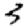
Digit: 3